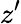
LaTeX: z^{\prime}